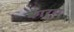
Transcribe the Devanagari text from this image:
कार्रा